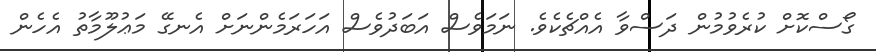
ގޯސްކޮށް ކުރެވުމުން ދަސްވާ އެއްޗެކެވެ. ނަމަވެސް އަބަދުވެސް އަހަރަމެންނަށް އެނގޭ މަޢުލޫމާތު އެހެން